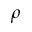
\rho